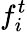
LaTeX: f_{i}^{t}